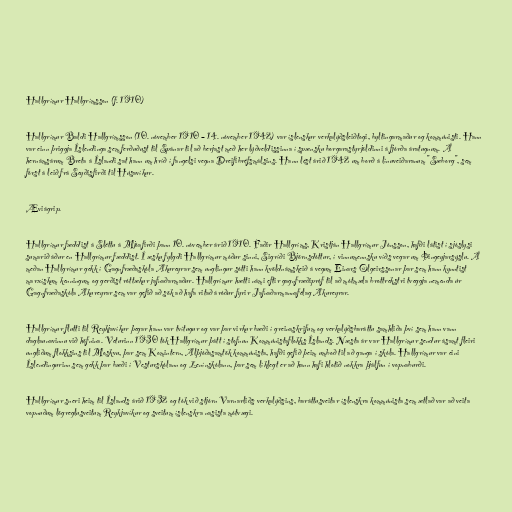
Hallgrímur Hallgrímsson (f. 1910)

Hallgrímur Baldi Hallgrímsson (10. nóvember 1910 – 14. nóvember 1942) var íslenskur verkalýðsleiðtogi, byltingarmaður og kommúnisti. Hann
var einn þriggja Íslendinga sem ferðuðust til Spánar til að berjast með her lýðveldissinna í spænsku borgarastyrjöldinni á fjórða áratugnum. Á
hernámsárum Breta á Íslandi sat hann um hríð í fangelsi vegna Dreifibréfsmálsins. Hann lést árið 1942 um borð á línuveiðaranum "Sæborg", sem
fórst á leið frá Seyðisfirði til Húsavíkur.

Æviágrip.

Hallgrímur fæddist á Sléttu á Mjóafirði þann 10. nóvember árið 1910. Faðir Hallgríms, Kristján Hallgrímur Jónsson, hafði látist í sjóslysi
sumarið áður en Hallgrímur fæddist. Í æsku fylgdi Hallgrímur móður sinni, Sigríði Björnsdóttur, í vinnumennsku víðs vegar um Þingeyjarsýslu. Á
meðan Hallgrímur gekk í Gagnfræðaskóla Akureyrar sem unglingur sótti hann kvöldnámskeið á vegum Einars Olgeirssonar þar sem hann kynntist
marxískum kenningum og gerðist róttækur jafnaðarmaður. Hallgrímur hætti námi eftir gagnfræðipróf til að mótmæla brottrekstri tveggja nemenda úr
Gagnfræðaskóla Akureyrar sem var gefið að sök að hafa ritað áróður fyrir Jafnaðarmannafélag Akureyrar.

Hallgrímur flutti til Reykjavíkur þegar hann var tvítugur og var þar virkur bæði í greinaskrifum og verkalýðsbaráttu samhliða því sem hann vann
daglaunavinnu við höfnina. Veturinn 1930 tók Hallgrímur þátt í stofnun Kommúnistaflokks Íslands. Næsta ár var Hallgrímur sendur ásamt fleiri
ungliðum flokksins til Moskvu, þar sem Komintern, Alþjóðasamtök kommúnista, hafði gefið þeim umboð til að ganga í skóla. Hallgrímur var eini
Íslendingurinn sem gekk þar bæði í Vesturskólann og Lenínskólann, þar sem líklegt er að hann hafi hlotið nokkra þjálfun í vopnaburði.

Hallgrímur sneri heim til Íslands árið 1932 og tók við stjórn Varnarliðs verkalýðsins, baráttusveitar íslenskra kommúnista sem ætlað var að veita
vopnuðum lögreglusveitum Reykjavíkur og sveitum íslenskra nasista mótvægi.